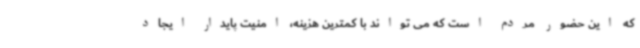
که این حضور مردم است که می تواند با کمترین هزینه، امنیت پایدار ایجاد